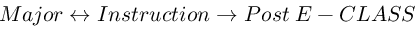
M a j o r \leftrightarrow I n s t r u c t i o n \rightarrow P o s t \; E - C L A S S